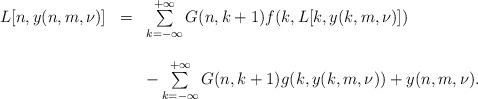
LaTeX: \begin{align*}\begin{array}{rcl}L[n,y(n,m,\nu)]&=&\sum\limits_{k=-\infty}^{+\infty}G(n,k+1)f(k,L[k,y(k,m,\nu)])\\\\&&-\sum\limits_{k=-\infty}^{+\infty}G(n,k+1)g(k,y(k,m,\nu))+y(n,m,\nu).\end{array}\end{align*}